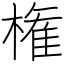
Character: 権